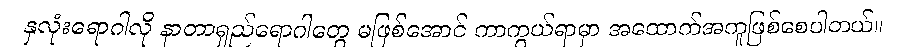
နှလုံးရောဂါလို နာတာရှည်ရောဂါတွေ မဖြစ်အောင် ကာကွယ်ရာမှာ အထောက်အကူဖြစ်စေပါတယ်။